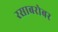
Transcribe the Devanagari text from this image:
रसाबरोबर